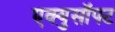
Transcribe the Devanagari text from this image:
एक्युसॉफ्ट